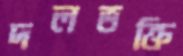
দলভক্তি